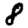
Digit: 8